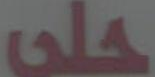
حلى